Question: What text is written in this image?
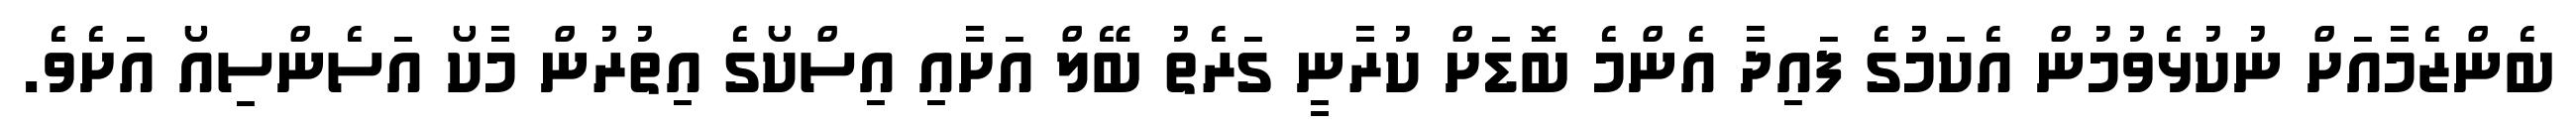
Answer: ބެންޒެމާއަށް ނުކުޅެވުމުން އެކަމުގެ ފައިދާ އެންމެ ބޮޑަށް ކުރާނީ ގަރެތު ބޭލް އަށާއި އިސްކޯގެ އިތުރުން މާކޯ އަސެންސިއޯ އަށެވެ.